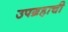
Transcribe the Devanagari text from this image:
उपग्रहाची